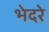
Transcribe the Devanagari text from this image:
भेदरे